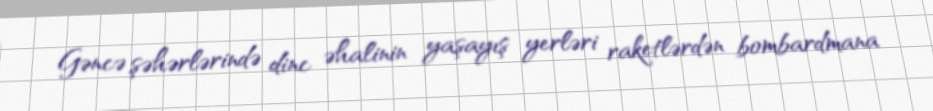
Gəncə şəhərlərində dinc əhalinin yaşayış yerləri raketlərdən bombardmana